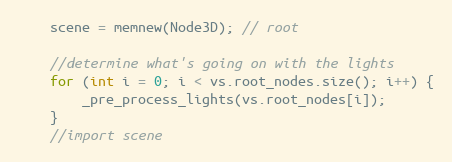
Language: C++
	scene = memnew(Node3D); // root

	//determine what's going on with the lights
	for (int i = 0; i < vs.root_nodes.size(); i++) {
		_pre_process_lights(vs.root_nodes[i]);
	}
	//import scene